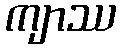
ကျာဿ